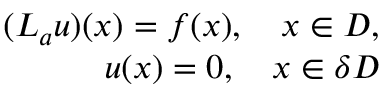
\begin{array} { r } { ( L _ { a } u ) ( x ) = f ( x ) , ~ ~ ~ x \in D , } \\ { u ( x ) = 0 , ~ ~ ~ x \in \delta D } \end{array}